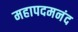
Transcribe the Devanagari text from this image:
महापदमनंद